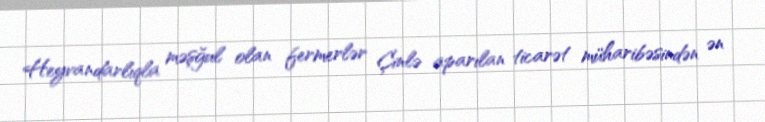
Heyvandarlıqla məşğul olan fermerlər Çinlə aparılan ticarət müharibəsindən ən